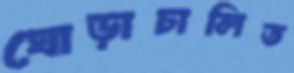
ঘোড়াচালিত